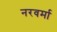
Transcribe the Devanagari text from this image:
नरवर्मा